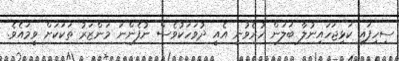
ސިހިފައި ކަޅިޖަހައިނުލާ ބަލަން ހުރެވުނީ އެއީ ދުވަހަކުވެސް ނުފެންނަ މަންޒަރު ތަކަކަށް ވީމައެވެ.